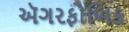
ઍગરફોબિક